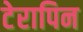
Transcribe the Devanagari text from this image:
टेरापिन